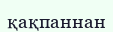
қақпаннан